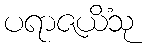
ပရာဇယိံသု